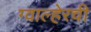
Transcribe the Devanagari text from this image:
ग्वाल्हेरची